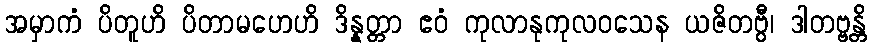
အမှာကံ ပိတူဟိ ပိတာမဟေဟိ ဒိန္နတ္တာ ဧဝံ ကုလာနုကုလဝသေန ယဇိတဗွီ၊ ဒါတဗ္ဗန္တိ